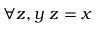
\forall z , y \ z = x